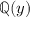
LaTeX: \mathbb { Q } ( y )